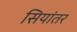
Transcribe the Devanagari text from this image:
सियांतर